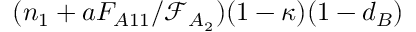
( n _ { 1 } + a F _ { A 1 1 } / \mathcal { F } _ { A _ { 2 } } ) ( 1 - \kappa ) ( 1 - d _ { B } )